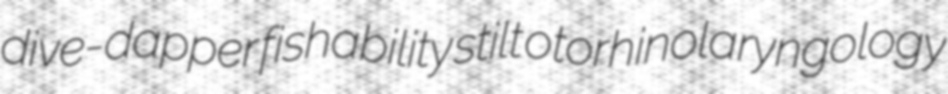
dive-dapper fishability stilt otorhinolaryngology